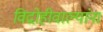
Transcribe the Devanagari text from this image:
विद्रोहीवाल्यांना